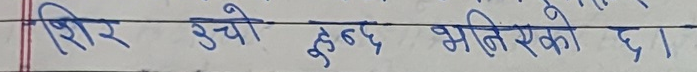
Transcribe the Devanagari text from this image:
शिर उचो हुन्छ भित्रीएको छ।